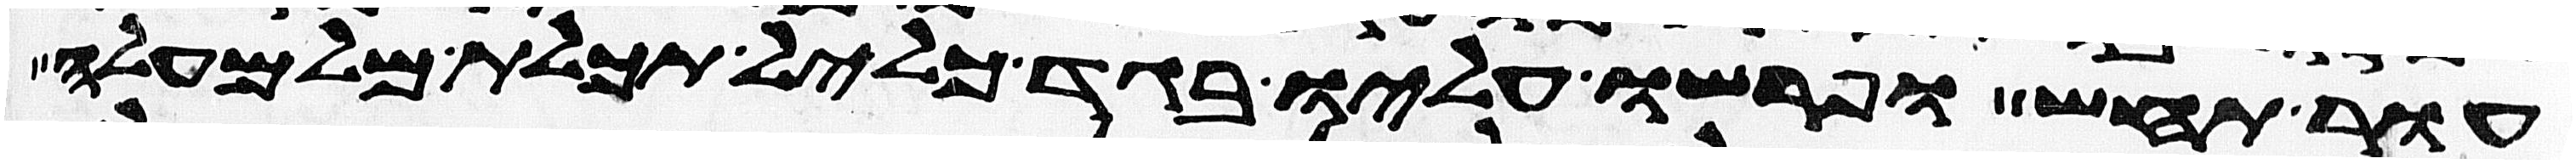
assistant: עור תחש ופרשו עליו בגד כליל תכלת מלמעלה